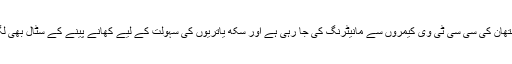
گرداورہ جنم استھان کی سی سی ٹی وی کیمروں سے مانیٹرنگ کی جا رہی ہے اور سکھ یاتریوں کی سہولت کے لیے کھانے پینے کے سٹال بھی لگائے گئے ہیں۔